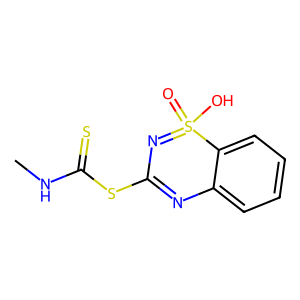
SMILES: CNC(=S)SC1=Nc2ccccc2S(=O)(O)=N1
Inhibits HIV replication: No